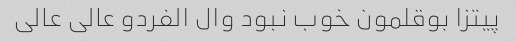
پیتزا بوقلمون خوب نبود وال الفردو عالی عالی